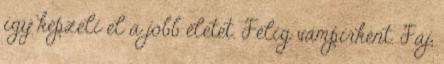
így képzeli el a jobb életet. Félig vámpírként. Fáj,